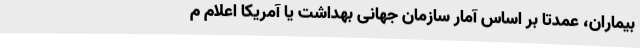
بیماران، عمدتا بر اساس آمار سازمان جهانی بهداشت یا آمریکا اعلام م